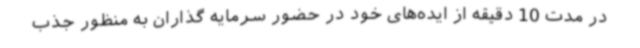
در مدت 10 دقیقه از ایده‌های خود در حضور سرمایه گذاران به منظور جذب